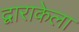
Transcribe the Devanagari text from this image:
द्वाराकेला